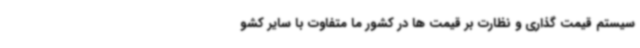
سیستم قیمت گذاری و نظارت بر قیمت ها در کشور ما متفاوت با سایر کشو